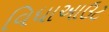
વિધાઆઉટ